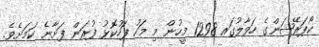
ކޯޕަރޭޝަންގެ ހަވާލުގައ 1298 މީހުން މި މަހު ފަހުކޮޅު ފުރަން ފަށާނެ ކަމަށެވެ.